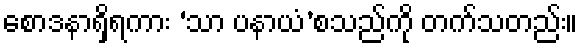
စောဒနာရှိရကား ‘သာ ပနာယံ’စသည်ကို တက်သတည်း။